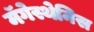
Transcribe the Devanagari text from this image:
मॅगेस्थेनिस